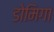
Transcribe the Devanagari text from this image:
डोमिगा